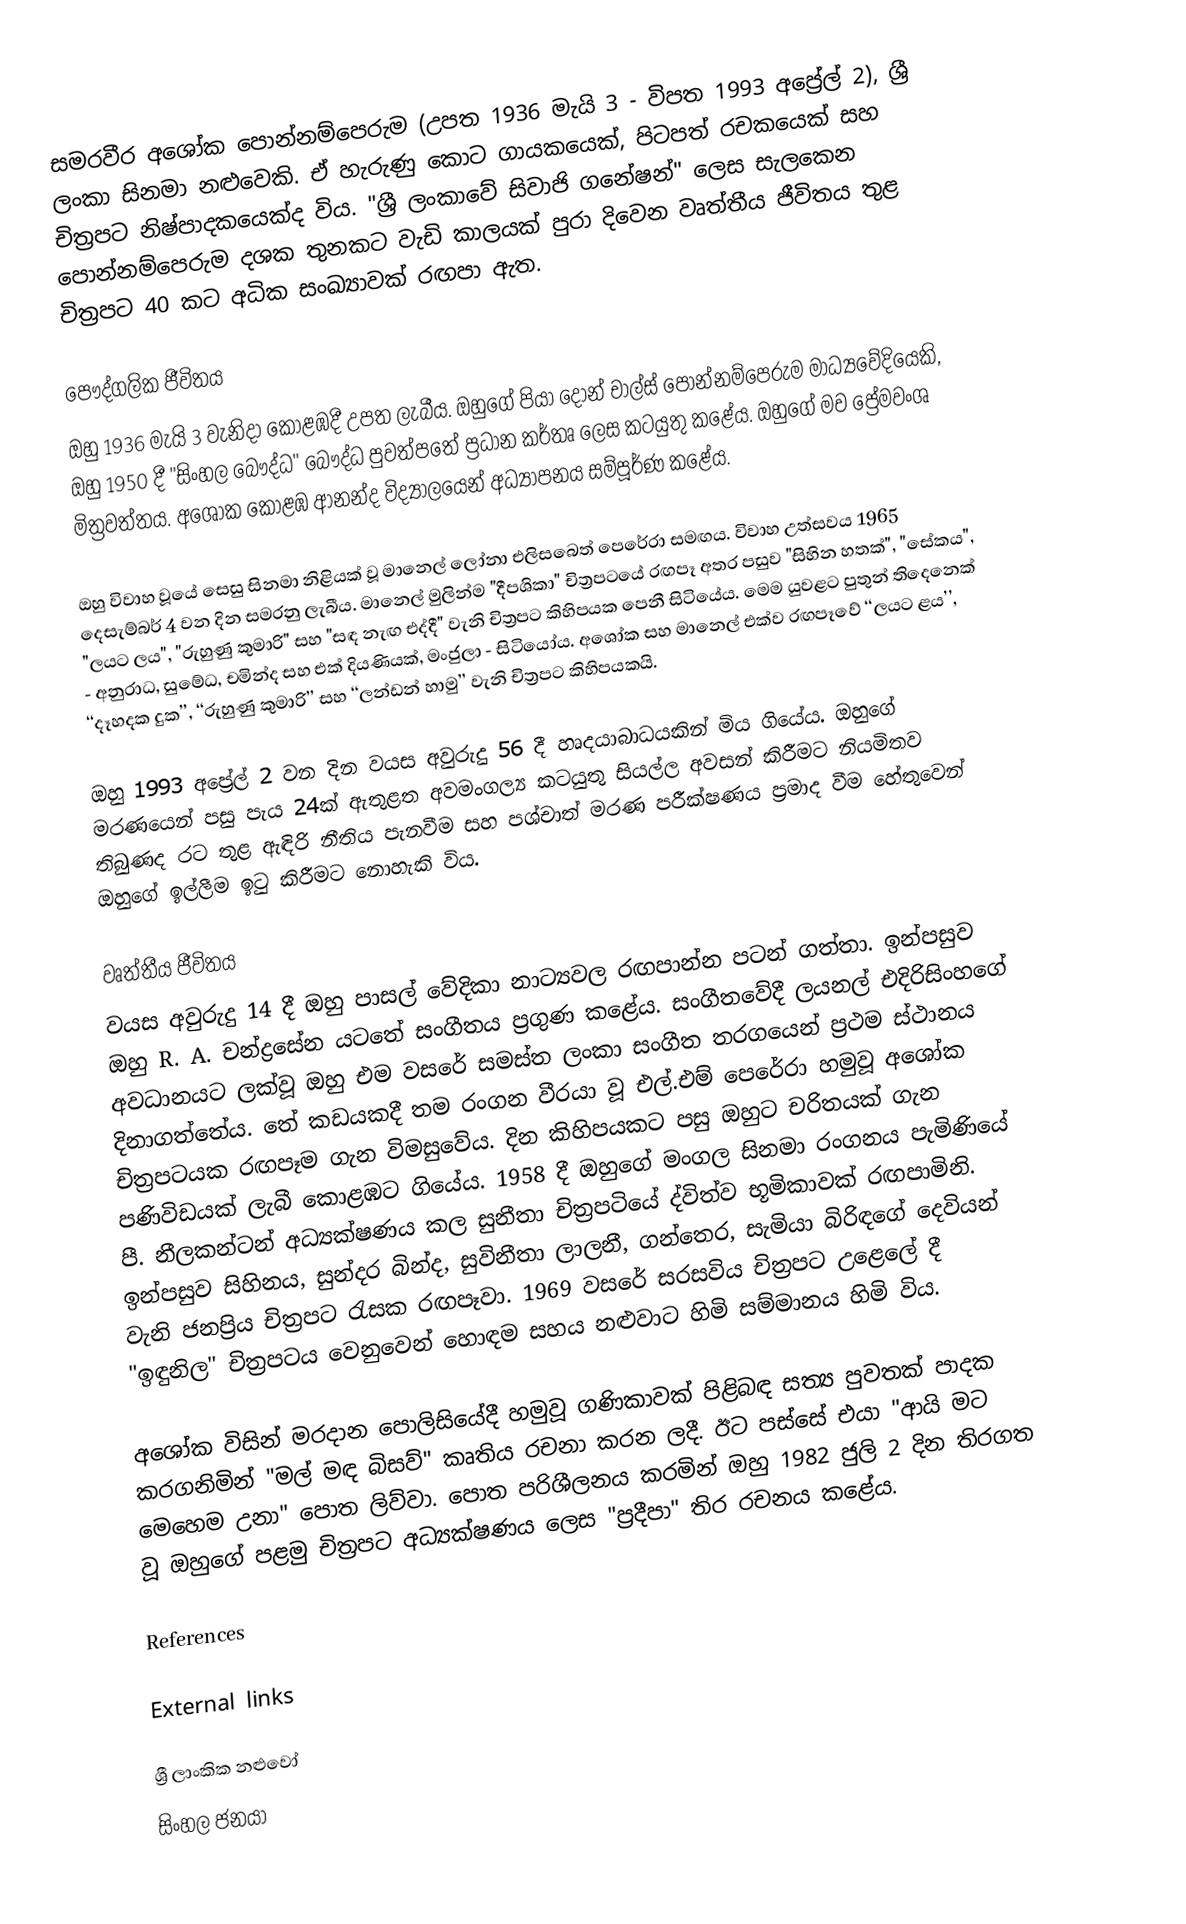
සමරවීර අශෝක පොන්නම්පෙරුම (උපත 1936 මැයි 3 - විපත 1993 අප්‍රේල් 2), ශ්‍රී ලංකා සිනමා නළුවෙකි. ඒ හැරුණු කොට ගායකයෙක්, පිටපත් රචකයෙක් සහ චිත්‍රපට නිෂ්පාදකයෙක්ද විය. "ශ්‍රී ලංකාවේ සිවාජි ගනේෂන්" ලෙස සැලකෙන පොන්නම්පෙරුම දශක තුනකට වැඩි කාලයක් පුරා දිවෙන වෘත්තීය ජීවිතය තුළ චිත්‍රපට 40 කට අධික සංඛ්‍යාවක් රඟපා ඇත.

පෞද්ගලික ජීවිතය
ඔහු 1936 මැයි 3 වැනිදා කොළඹදී උපත ලැබීය. ඔහුගේ පියා දොන් චාල්ස් පොන්නම්පෙරුම මාධ්‍යවේදියෙකි, ඔහු 1950 දී "සිංහල බෞද්ධ" බෞද්ධ පුවත්පතේ ප්‍රධාන කර්තෘ ලෙස කටයුතු කළේය. ඔහුගේ මව ප්‍රේමවංශ මිත්‍රවත්තය. අශෝක කොළඹ ආනන්ද විද්‍යාලයෙන් අධ්‍යාපනය සම්පූර්ණ කළේය.

ඔහු විවාහ වූයේ සෙසු සිනමා නිළියක් වූ මානෙල් ලෝනා එලිසබෙත් පෙරේරා සමඟය. විවාහ උත්සවය 1965 දෙසැම්බර් 4 වන දින සමරනු ලැබීය. මානෙල් මුලින්ම "දීපශිකා" චිත්‍රපටයේ රඟපෑ අතර පසුව "සිහින හතක්", "සේකය", "ලයට ලය", "රුහුණු කුමාරි" සහ "සඳ නැඟ එද්දී" වැනි චිත්‍රපට කිහිපයක පෙනී සිටියේය. මෙම යුවළට පුතුන් තිදෙනෙක් - අනුරාධ, සුමේධ, චමින්ද සහ එක් දියණියක්, මංජුලා - සිටියෝය. අශෝක සහ මානෙල් එක්ව රඟපෑවේ ‘‘ලයට ළය’’, ‘‘දෑහදක දුක’’, ‘‘රුහුණු කුමාරි’’ සහ ‘‘ලන්ඩන් හාමු’’ වැනි චිත්‍රපට කිහිපයකයි.

ඔහු 1993 අප්‍රේල් 2 වන දින වයස අවුරුදු 56 දී හෘදයාබාධයකින් මිය ගියේය. ඔහුගේ මරණයෙන් පසු පැය 24ක් ඇතුළත අවමංගල්‍ය කටයුතු සියල්ල අවසන් කිරීමට නියමිතව තිබුණද රට තුළ ඇඳිරි නීතිය පැනවීම සහ පශ්චාත් මරණ පරීක්ෂණය ප්‍රමාද වීම හේතුවෙන් ඔහුගේ ඉල්ලීම ඉටු කිරීමට නොහැකි විය.

වෘත්තීය ජීවිතය
වයස අවුරුදු 14 දී ඔහු පාසල් වේදිකා නාට්‍යවල රඟපාන්න පටන් ගත්තා. ඉන්පසුව ඔහු R. A. චන්ද්‍රසේන යටතේ සංගීතය ප්‍රගුණ කළේය. සංගීතවේදී ලයනල් එදිරිසිංහගේ අවධානයට ලක්වූ ඔහු එම වසරේ සමස්ත ලංකා සංගීත තරගයෙන් ප්‍රථම ස්ථානය දිනාගත්තේය. තේ කඩයකදී තම රංගන වීරයා වූ එල්.එම් පෙරේරා හමුවූ අශෝක චිත්‍රපටයක රඟපෑම ගැන විමසුවේය. දින කිහිපයකට පසු ඔහුට චරිතයක් ගැන පණිවිඩයක් ලැබී කොළඹට ගියේය. 1958 දී ඔහුගේ මංගල සිනමා රංගනය පැමිණියේ පී. නීලකන්ටන් අධ්‍යක්ෂණය කල සුනීතා චිත්‍රපටියේ ද්විත්ව භූමිකාවක් රඟපාමිනි. ඉන්පසුව සිහිනය, සුන්දර බින්ද, සුවිනීතා ලාලනී, ගන්තෙර, සැමියා බිරිඳගේ දෙවියන් වැනි ජනප්‍රිය චිත්‍රපට රැසක රඟපෑවා. 1969 වසරේ සරසවිය චිත්‍රපට උළෙලේ දී "ඉඳුනිල" චිත්‍රපටය වෙනුවෙන් හොඳම සහය නළුවාට හිමි සම්මානය හිමි විය.

අශෝක විසින් මරදාන පොලිසියේදී හමුවූ ගණිකාවක් පිළිබඳ සත්‍ය පුවතක් පාදක කරගනිමින් "මල් මඳ බිසව්" කෘතිය රචනා කරන ලදී. ඊට පස්සේ එයා "ආයි මට මෙහෙම උනා" පොත ලිව්වා. පොත පරිශීලනය කරමින් ඔහු 1982 ජුලි 2 දින තිරගත වූ ඔහුගේ පළමු චිත්‍රපට අධ්‍යක්ෂණය ලෙස "ප්‍රදීපා" තිර රචනය කළේය.

References

External links

ශ්‍රී ලාංකික නළුවෝ
සිංහල ජනයා